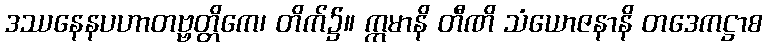
ဒဿနေနပဟာတဗ္ဗတ္တိကေ၊ တိက်၌။ ဣမာနိ တီဏိ သံယောဇနာနိ တဒေကဋ္ဌာစ